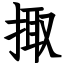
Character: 掫